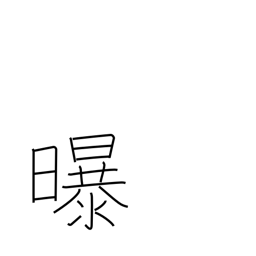
Meaning: air